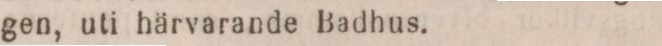
gen, uti härvarande Badhus.